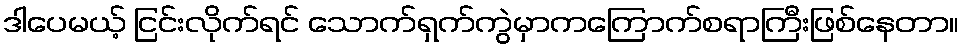
ဒါပေမယ့် ငြင်းလိုက်ရင် သောက်ရှက်ကွဲမှာကကြောက်စရာကြီးဖြစ်နေတာ။